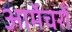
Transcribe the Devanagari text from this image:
आर्मेचरों